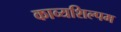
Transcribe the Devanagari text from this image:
काव्यशिल्पम